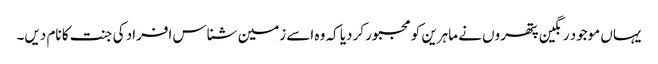
یہاں موجود رنگین پتھروں نے ماہرین کو مجبور کردیا کہ وہ اسے زمین شناس افراد کی جنت کا نام دیں۔